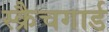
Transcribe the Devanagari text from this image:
स्क्रैचगार्ड